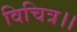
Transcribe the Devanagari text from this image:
विचित्र।।